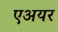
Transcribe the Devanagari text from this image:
एअयर